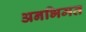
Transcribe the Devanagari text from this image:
अनभिमत